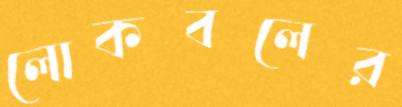
লোকবলের